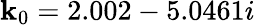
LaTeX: \mathbf{k}_{0}=2.002-5.0461i